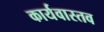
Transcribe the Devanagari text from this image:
कार्यवास्तव